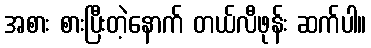
အစား စားပြီးတဲ့နောက် တယ်လီဖုန်း ဆက်ပါ။